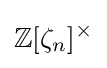
\mathbb {Z} [\zeta _{n}]^{\times }